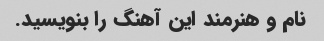
نام و هنرمند این آهنگ را بنویسید.